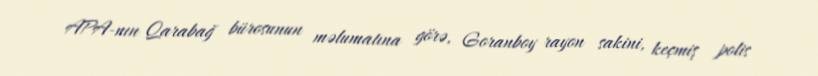
APA-nın Qarabağ bürosunun məlumatına görə, Goranboy rayon sakini, keçmiş polis